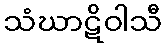
သံဃာဋိဝါသီ